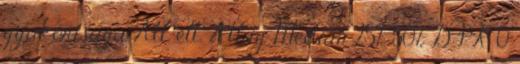
gyakorisága Átl. elt. Átlag Medián 25% 50% DPR 0